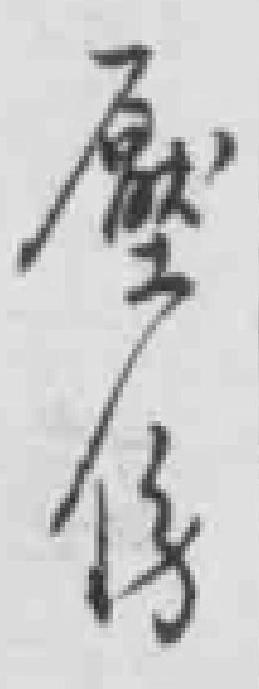
*伤